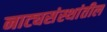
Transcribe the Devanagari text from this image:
नाट्यसंस्थांतील